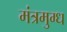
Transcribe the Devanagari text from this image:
मंत्रमुग्‍ध